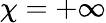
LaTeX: \chi=+\infty